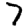
Digit: 7